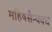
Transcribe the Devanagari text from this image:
महिषसैन्यवध